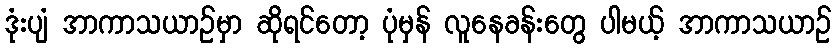
ဒုံးပျံ အာကာသယာဉ်မှာ ဆိုရင်တော့ ပုံမှန် လူနေခန်းတွေ ပါမယ့် အာကာသယာဉ်